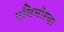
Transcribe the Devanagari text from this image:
एलिनोरचा